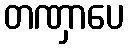
တဏှာပေ